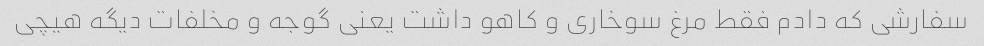
سفارشی که دادم فقط مرغ سوخاری و کاهو داشت یعنی گوجه و مخلفات دیگه هیچی